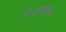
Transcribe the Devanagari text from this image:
चंुबकीय